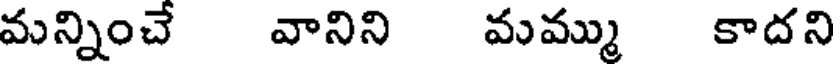
మన్నించే వానిని మమ్ము కాదని